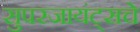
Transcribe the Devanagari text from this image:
सुपरजायंट्सचे